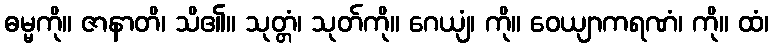
ဓမ္မကို။ ဇာနာတိ၊ သိ၏။ သုတ္တံ၊ သုတ်ကို။ ဂေယျံ၊ ကို။ ဝေယျာကရဏံ၊ ကို။ ထံ၊